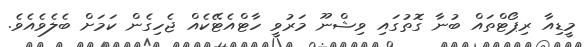
މީޑިއާ ރިޕޯޓްތައް ބުނާ ގޮތުގައި ވިޝްނޫ މަރުވީ ހާޓްއެޓޭކެއް ޖެހިގެން ކަމަށް ބެލެވެއެވެ.